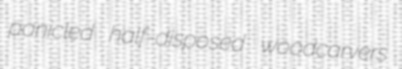
panicled half-disposed woodcarvers